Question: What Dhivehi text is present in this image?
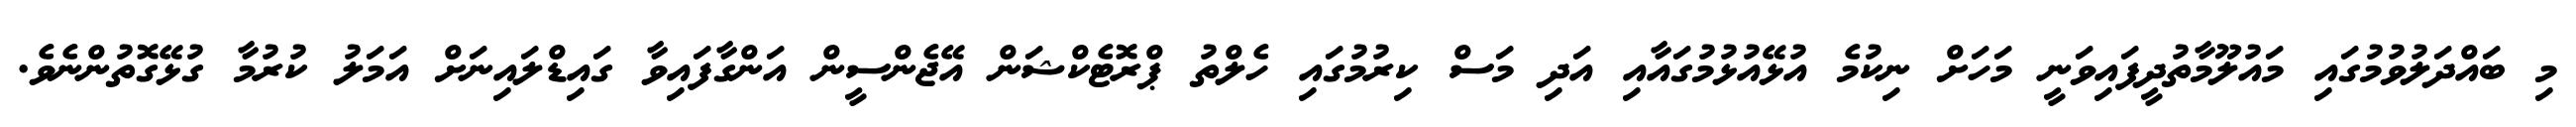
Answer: މި ބައްދަލުވުމުގައި މައުލޫމާތުދީފައިވަނީ މަހަށް ނިކުމެ އުޅޭއުޅުމުގައާއި އަދި މަސް ކިރުމުގައި ހެލްތު ޕްރޮޓެކްޝަން އޭޖެންސީން އަންގާފައިވާ ގައިޑްލައިނަށް އަމަލު ކުރުމާ ގުޅޭގޮތުންނެވެ.